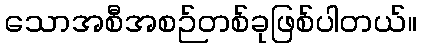
သောအစီအစဉ်တစ်ခုဖြစ်ပါတယ်။